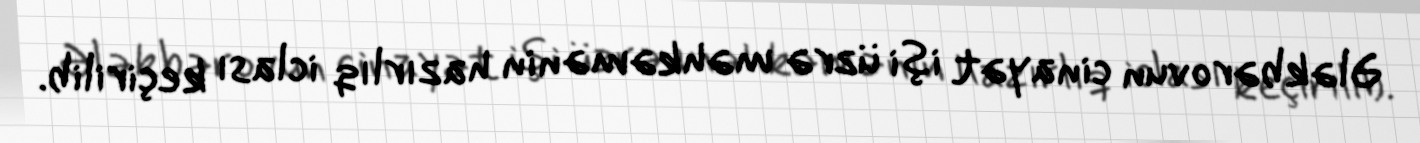
Ələkbərovun cinayət işi üzrə məhkəmənin hazırlıq iclası keçirilib.